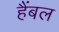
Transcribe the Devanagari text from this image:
हैंबल